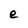
Character: e